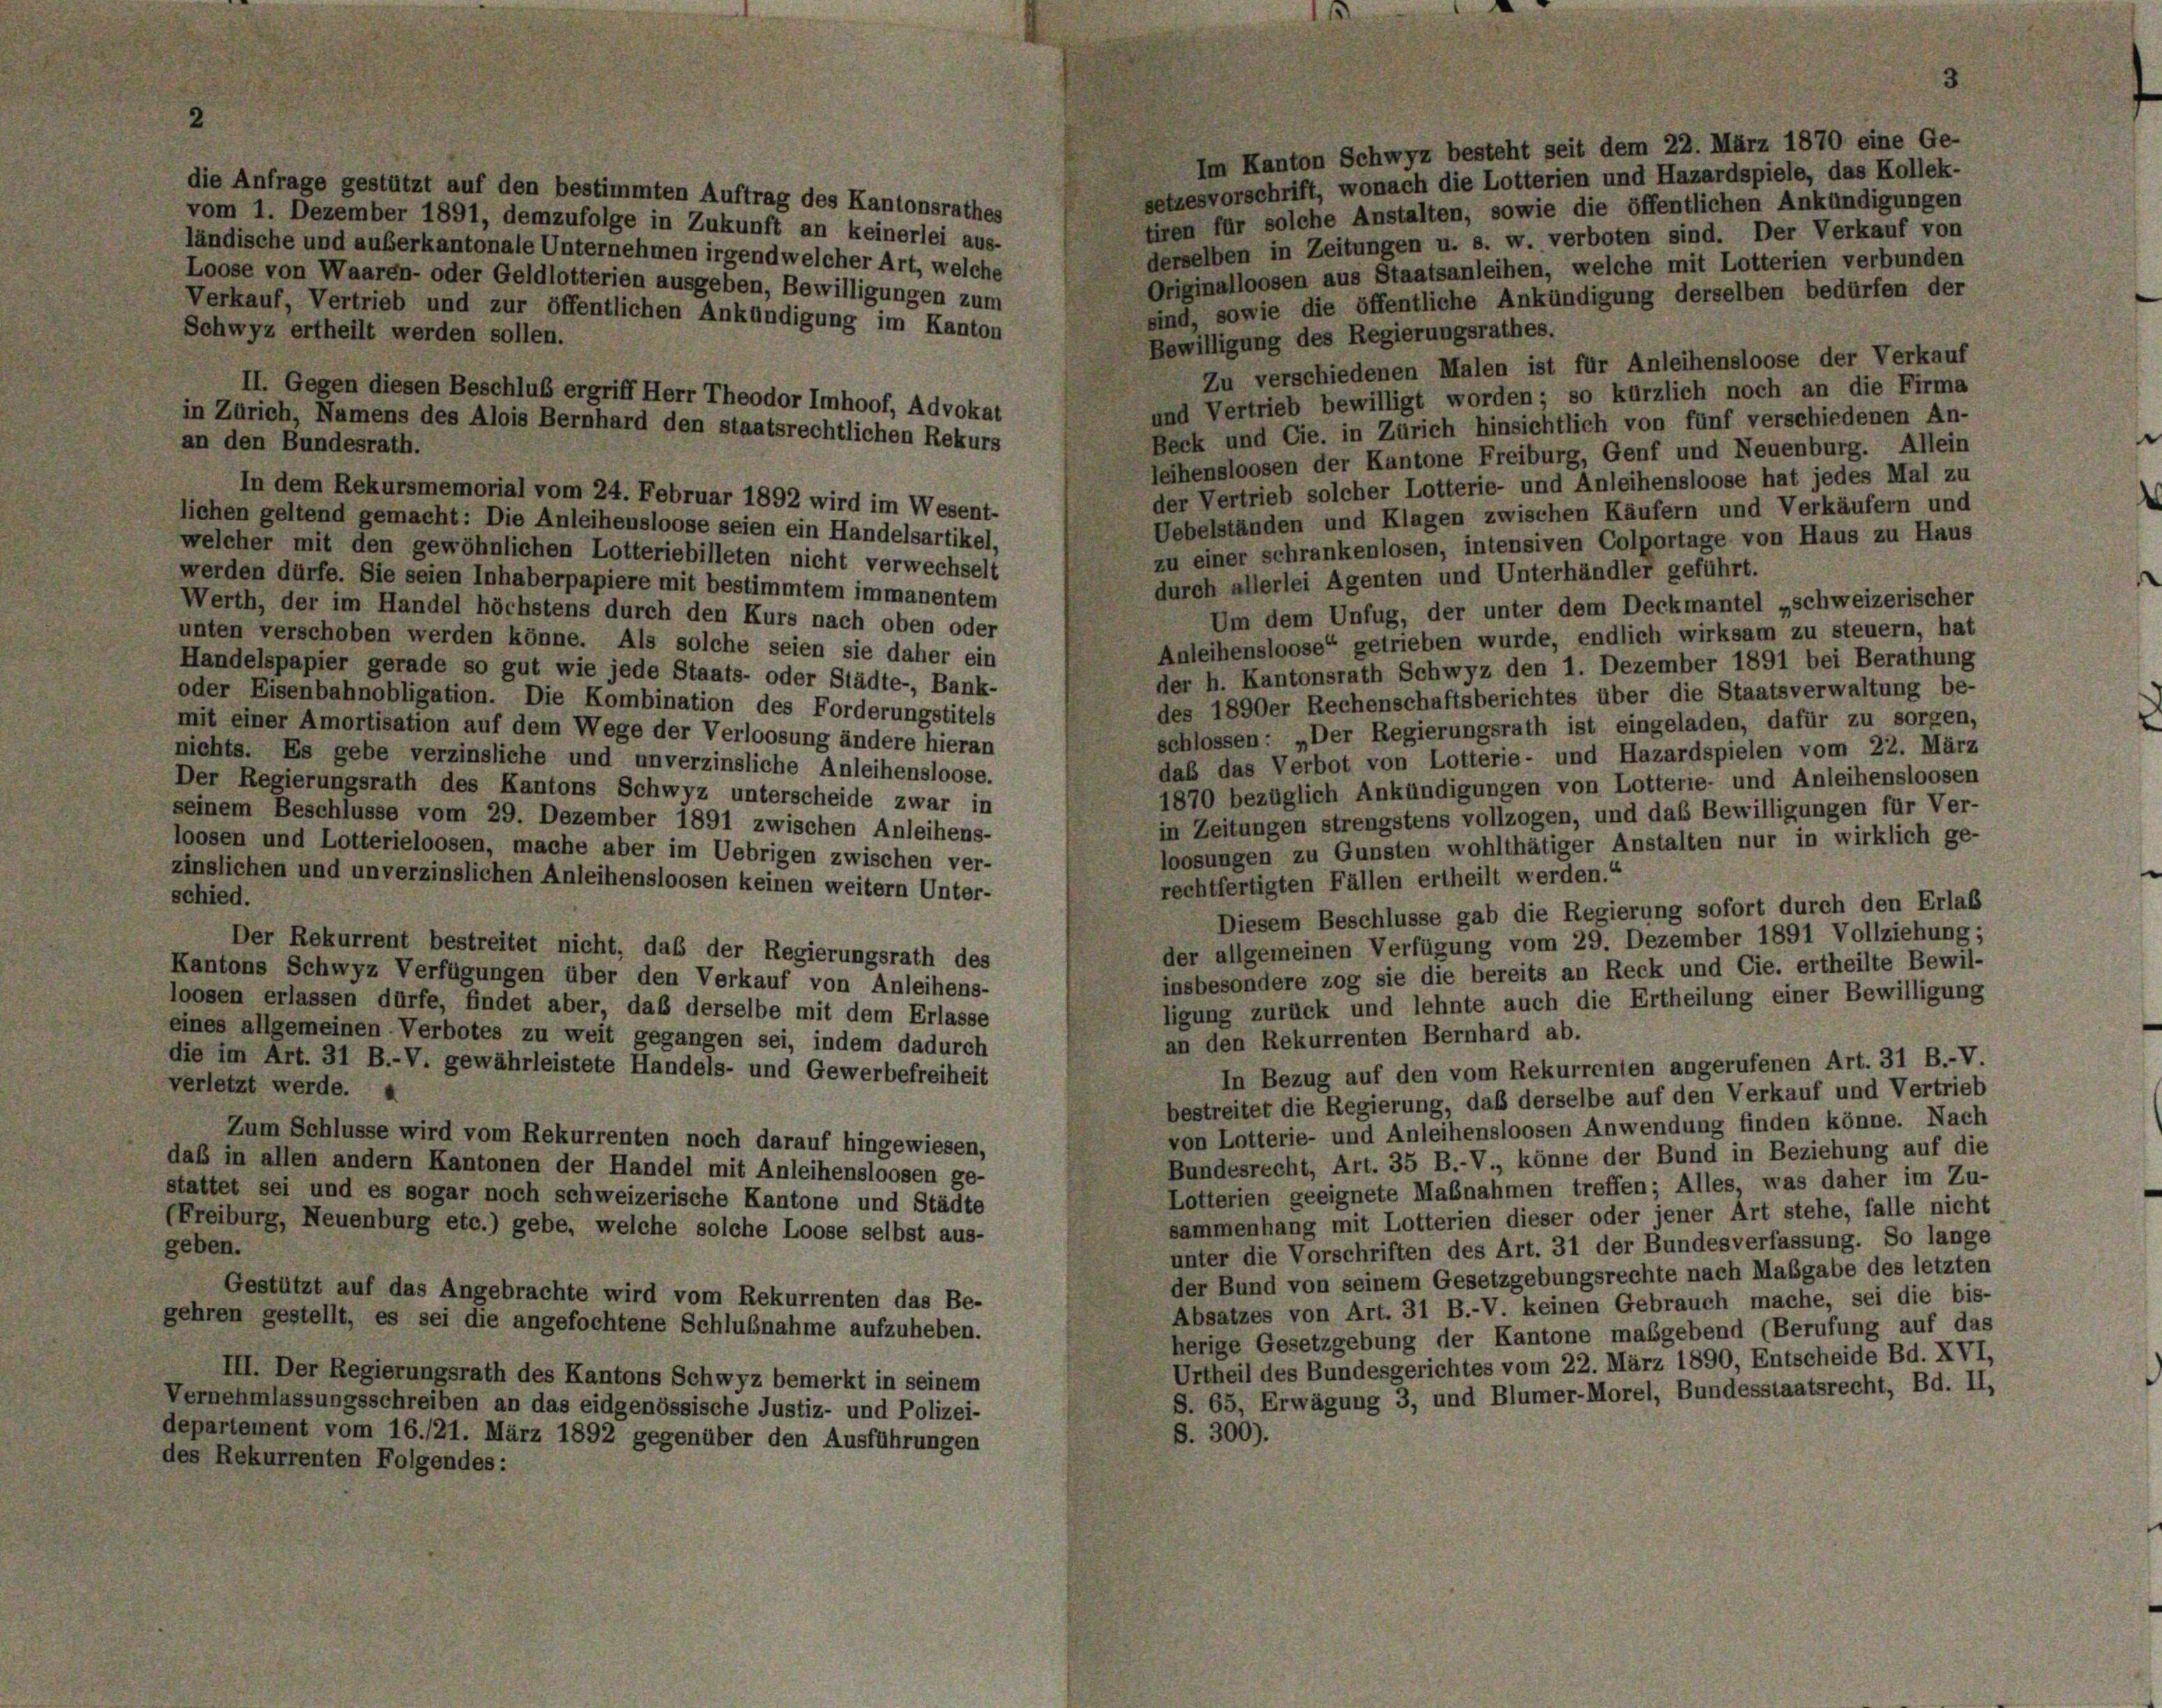
Im Kanton Schwyz besteht seit dem 22. März 1870 eine Ge-
setzesvorschrift, wonach die Lotterien und Hazardspiele, das Kollek-
die Anfrage gestützt auf den bestimmten Auftrag des Kantonsrathes
tiren für solche Anstalten, sowie die öffentlichen Ankündigungen
vom 1. Dezember 1891, demzufolge in Zukunft an keinerlei aus-
derselben in Zeitungen u. s. w. verboten sind. Der Verkauf von
ländische und außerkantonale Unternehmen irgendwelcher Art, welche
Originalloosen aus Staatsanleihen, welche mit Lotterien verbunden
Loose von Waaren- oder Geldlotterien ausgeben, Bewilligungen zum
sind, sowie die öffentliche Ankündigung derselben bedürfen der
Verkauf, Vertrieb und zur öffentlichen Ankündigung im Kanton
Schwyz ertheilt werden sollen.
Bewilligung des Regierungsrathes.
Zu verschiedenen Malen ist für Anleihensloose der Verkauf
II. Gegen diesen Beschluß ergriff Herr Theodor Imhoof, Advokat
und Vertrieb bewilligt worden; so kürzlich noch an die Firma
in Zürich, Namens des Alois Bernhard den staatsrechtlichen Rekurs
Beck und Cie. in Zürich hinsichtlich von fünf verschiedenen An-
an den Bundesrath.
leihensloosen der Kantone Freiburg, Genf und Neuenburg. Allein
der Vertrieb solcher Lotterie- und Anleihensloose hat jedes Mal zu
In dem Rekursmemorial vom 24. Februar 1892 wird im Wesent-
Uebelständen und Klagen zwischen Käufern und Verkäufern und
lichen geltend gemacht: Die Anleihensloose seien ein Handelsartikel,
zu einer schrankenlosen, intensiven Colportage von Haus zu Haus
welcher mit den gewöhnlichen Lotteriebilleten nicht verwechselt
durch allerlei Agenten und Unterhändler geführt.
werden dürfe. Sie seien Inhaberpapiere mit bestimmtem im manentem
Um dem Unfug, der unter dem Deckmantel „schweizerischer
Werth, der im Handel höchstens durch den Kurs nach oben oder
Anleihensloose“ getrieben wurde, endlich wirksam zu steuern, hat
unten verschoben werden könne. Als solche seien sie daher ein
der h. Kantonsrath Schwyz den 1. Dezember 1891 bei Berathung
Handelspapier gerade so gut wie jede Staats- oder Städte-, Bank-
des 1890er Rechenschaftsberichtes über die Staatsverwaltung be-
oder Eisenbahnobligation. Die Kombination des Forderungstitels
schlossen: „Der Regierungsrath ist eingeladen, dafür zu sorgen,
mit einer Amortisation auf dem Wege der Verloosung ändere hieran
daß das Verbot von Lotterie- und Hazardspielen vom 22. März
nichts. Es gebe verzinsliche und unverzinsliche Anleihensloose.
1870 bezüglich Ankündigungen von Lotterie- und Anleihensloosen
Der Regierungsrath des Kantons Schwyz unterscheide zwar in
in Zeitungen strengstens vollzogen, und das Bewilligungen für Ver-
seinem Beschlüsse vom 29. Dezember 1891 zwischen Anleihens-
loosungen zu Gunsten wohlthätiger Anstalten nur in wirklich ge-
loosen und Lotterieloosen, mache aber im Uebrigen zwischen ver-
zinslichen und unverzinslichen Anleihensloosen keinen weitern Unter-
rechtfertigten Fällen ertheilt werden.“
schied.
Diesem Beschlüsse gab die Regierung sofort durch den Erlaß
der allgemeinen Verfügung vom 29. Dezember 1891 Vollziehung;
Der Rekurrent bestreitet nicht, daß der Regierungsrath des
insbesondere zog sie die bereits an Reck und Cie. ertheilte Bewil-
Kantons Schwyz Verfügungen über den Verkauf von Anleihens-
ligung zurück und lehnte auch die Ertheilung einer Bewilligung
loosen erlassen dürfe, findet aber, daß derselbe mit dem Erlasse
eines allgemeinen Verbotes zu weit gegangen sei, indem dadurch
an den Rekurrenten Bernhard ab.
die im Art. 31 B.-V. gewährleistete Handels- und Gewerbefreiheit
In Bezug auf den vom Rekurrenten angerufenen Art. 31 B.-V.
verletzt werde. A
bestreitet die Regierung, daß derselbe auf den Verkauf und Vertrieb
von Lotterie- und Anleihensloosen Anwendung finden könne. Nach
Zum Schlüsse wird vom Rekurrenten noch darauf hingewiesen,
Bundesrecht, Art. 35 B.-V., könne der Bund in Beziehung auf die
daß in allen andern Kantonen der Handel mit Anleihensloosen ge-
Lotterien geeignete Maßnahmen treffen; Alles, was daher im Zu-
stattet sei und es sogar noch schweizerische Kantone und Städte
sammenhang mit Lotterien dieser oder jener Art stehe, falle nicht
(Freiburg, Neuenburg etc.) gebe, welche solche Loose selbst aus-
geben.
unter die Vorschriften des Art. 31 der Bundesverfassung. So lange
der Bund von seinem Gesetzgebungsrechte nach Maßgabe des letzten
Gestützt auf das Angebrachte wird vom Rekurrenten das Be-
Absatzes von Art. 31 B.-V. keinen Gebrauch mache, sei die bis-
gehren gestellt, es sei die angefochtene Schlußnahme aufzuheben.
herige Gesetzgebung der Kantone maßgebend (Berufung auf das
Urtheil des Bundesgerichtes vom 22. März 1890, Entscheide Bd. XVI,
III. Der Regierungsrath des Kantons Schwyz bemerkt in seinem
S. 65, Erwägung 3, und Blümer-Morel, Bundesstaatsrecht, Bd. II,
Vernehmlassungsschreiben an das eidgenössische Justiz- und Polizei-
S. 300).
departement vom 16./21. März 1892 gegenüber den Ausführungen
des Rekurrenten Folgendes: